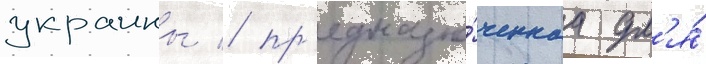
украины / пр'едназна́ченнаа дл'я́